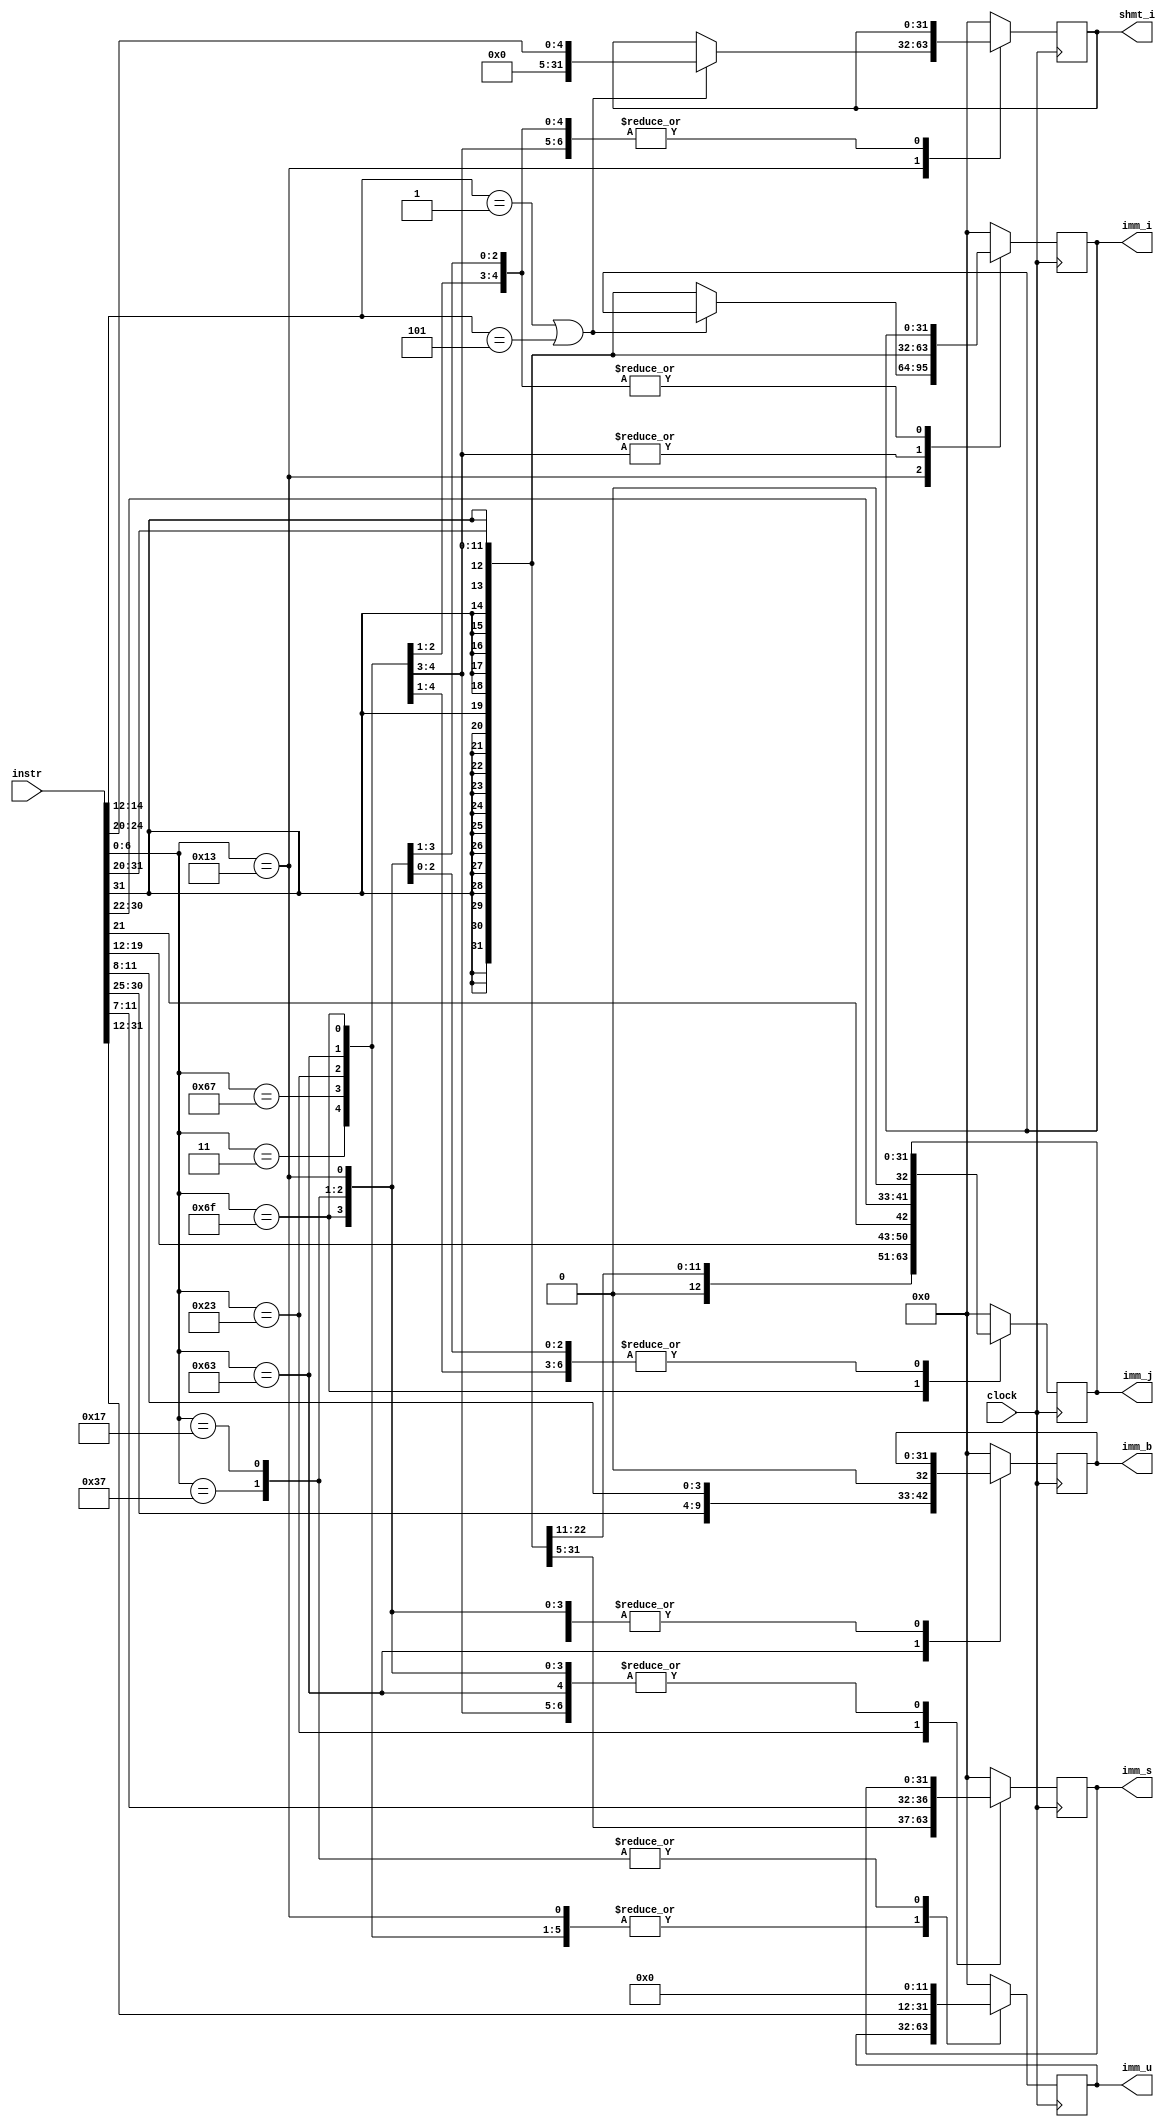
`timescale 1ns / 1ps
//////////////////////////////////////////////////////////////////////////////////
// Company: 
// Engineer: 
// 
// Design Name: 
// Module Name: imm_gen
// Project Name: 
// Target Devices: 
// Tool Versions: 
// Description: 
// 
// Dependencies: 
// 
// Revision:
// Revision 0.01 - File Created
// Additional Comments:
// 
//////////////////////////////////////////////////////////////////////////////////

module imm_gen(instr,imm_i,imm_u,imm_s,imm_b,imm_j,shmt_i,clock);

output reg[31:0]imm_i,imm_u,imm_s,imm_b,imm_j,shmt_i;

input clock;

input [31:0]instr;

always @(posedge clock)
begin

case(instr[6:0])

7'b0000011: imm_i= {{20{instr[31]}},instr[31:20]};       // I-type

7'b0010011: begin
            if((instr[14:12]==3'd1)||(instr[14:12]==3'd5))
            shmt_i= {27'b0,instr[24:20]};       // shamt I-type
            else
            imm_i= {{20{instr[31]}},instr[31:20]};       // I-type
            end
            
7'b1100111: imm_i= {{20{instr[31]}},instr[31:20]};       // I-type

7'b0100011: imm_s= {{20{instr[31]}},instr[31:25],instr[11:7]};       // S-type 

7'b1100011: imm_b= {{18{instr[31]}},instr[31],instr[7],instr[30:25],instr[11:8],1'b0};       // B-type

7'b1101111: imm_j= {{11{instr[31]}},instr[31],instr[19:12],instr[21],instr[30:22],1'b0};       // J-type

7'b0110111: imm_u= {instr[31:12],12'b0} ;       // U-type

7'b0010111: imm_u= {instr[31:12],12'b0} ;       // U-type
// 
default: begin imm_i=32'b0;imm_u=32'b0;imm_s=32'b0;imm_b=32'b0;imm_j=32'b0;shmt_i=32'b0;end

endcase




end
endmodule